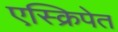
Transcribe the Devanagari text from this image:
एस्क्रिपेत